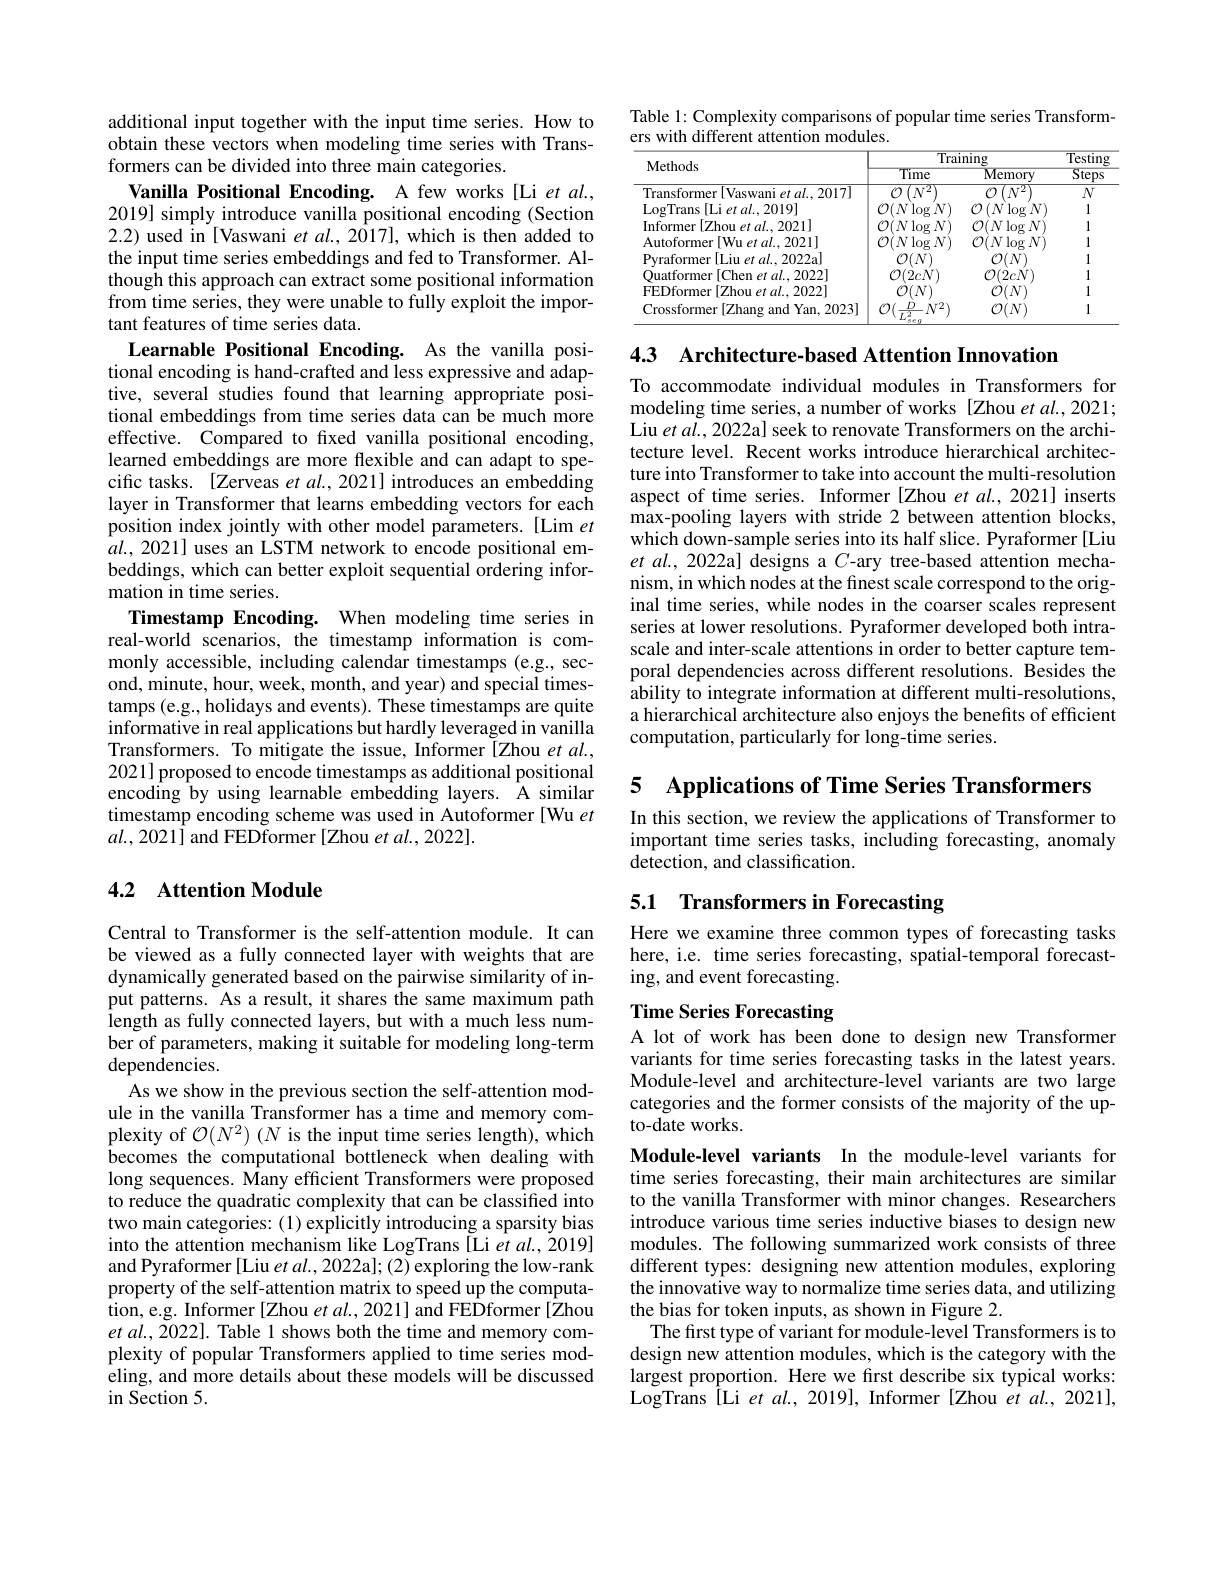
additional input together with the input time series. How to obtain these vectors when modeling time series with Transformers can be divided into three main categories.
Vanilla Positional Encoding. A few works [Li et al., 2019] simply introduce vanilla positional encoding (Section 2.2) used in [Vaswani et al., 2017], which is then added to the input time series embeddings and fed to Transformer. Although this approach can extract some positional information from time series, they were unable to fully exploit the important features of time series data.

Learnable Positional Encoding. As the vanilla positional encoding is hand-crafted and less expressive and adaptive, several studies found that learning appropriate positional embeddings from time series data can be much more effective. Compared to fixed vanilla positional encoding, learned embeddings are more flexible and can adapt to specific tasks. [Zerveas et al., 2021] introduces an embedding layer in Transformer that learns embedding vectors for each position index jointly with other model parameters. [Lim $et$ $al.,2021]$ uses an LSTM network to encode positional embeddings, which can better exploit sequential ordering information in time series.
Timestamp Encoding. When modeling time series in real-world scenarios, the timestamp information is commonly accessible, including calendar timestamps (e.g., second, minute, hour, week, month, and year) and special timestamps (e.g., holidays and events). These timestamps are quite informative in real applications but hardly leveraged in vanilla Transformers. To mitigate the issue, Informer [Zhou et al., 2021] proposed to encode timestamps as additional positional encoding by using learnable embedding layers. A similar timestamp encoding scheme was used in Autoformer [Wu et $al.,2021]$ and FEDformer [Zhou et al., 2022].

## 4.2 Attention Module

Central to Transformer is the self-attention module. It can be viewed as a fully connected layer with weights that are dynamically generated based on the pairwise similarity of input patterns. As a result, it shares the same maximum path length as fully connected layers, but with a much less number of parameters, making it suitable for modeling long-term dependencies.
As we show in the previous section the self-attention module in the vanilla Transformer has a time and memory complexity of $\mathcal{O}(N^2)$ (N is the input time series length), which becomes the computational bottleneck when dealing with long sequences. Many efficient Transformers were proposed to reduce the quadratic complexity that can be classified into two main categories: (1) explicitly introducing a sparsity bias into the attention mechanism like LogTrans [Li et al.,2019] and Pyraformer [Liu et al., 2022a]; (2) exploring the low-rank property of the self-attention matrix to speed up the computation, e.g. Informer [Zhou $etal.,2021]$ and FEDformer[Zhou $etal.,2022].$ Table 1 shows both the time and memory complexity of popular Transformers applied to time series modeling, and more details about these models will be discussed in Section 5.

Table 1: Complexity comparisons of popular time series Transform-
ers with different attention modules.

<table>
	<tbody>
		<tr>
			<th rowspan="2">Methods</th>
			<th colspan="2">Training</th>
			<th rowspan="2">$\overline{\text{Testing}}$ Steps</th>
		</tr>
		<tr>
			<th>Time</th>
			<th>Memory</th>
		</tr>
		<tr>
			<td>Transformer[Vaswani et $al.2017]$</td>
			<td>$(N^{2}$</td>
			<td>$(N^{2})$ 77</td>
			<td>$N$</td>
		</tr>
		<tr>
			<td>LogTrans [ Li et al. , 2019] </td>
			<td> $N\log$ $rN$</td>
			<td>$(N\log$ $N$</td>
			<td>1</td>
		</tr>
		<tr>
			<td>[Zhou et $al.,2021]$ Informer</td>
			<td>$\mathcal{O}(N\log$ $N$</td>
			<td>$\mathcal{O}(N\log$ $N)$</td>
			<td>1</td>
		</tr>
		<tr>
			<td>Autoformer * [Wu et $al..2021]$</td>
			<td>$2f$ $N\log$ $N$ </td>
			<td>$\mathcal{O}(N\log$ $\mathbf{N}$</td>
			<td>1</td>
		</tr>
		<tr>
			<td>Pvraformer $\operatorname{er}[$Liu et al., 2022a]</td>
			<td> </td>
			<td>7</td>
			<td>1</td>
		</tr>
		<tr>
			<td>Ouatformer [Chen et $al.,2022]$</td>
			<td>$\mathcal{O}(2cN)$</td>
			<td>$\mathcal{O}(2cN)$</td>
			<td>1</td>
		</tr>
		<tr>
			<td>FEDformer [Zhou et al..2022]</td>
			<td>,</td>
			<td> </td>
			<td>1</td>
		</tr>
		<tr>
			<td>Crossformer [ Zhang and Yan, 2023] </td>
			<td>$-N^{2}$</td>
			<td>$\mathcal{O}(N)$</td>
			<td>1</td>
		</tr>
	</tbody>
</table>

4.3 Architecture-based Attention Innovation

To accommodate individual modules in Transformers for modeling time series, a number of works [Zhou et al.,2021; Liu et al., 2022a] seek to renovate Transformers on the architecture level. Recent works introduce hierarchical architecture into Transformer to take into account the multi-resolution aspect of time series. Informer [Zhou et al., 2021] inserts max-pooling layers with stride 2 between attention blocks, which down-sample series into its half slice. Pyraformer [Liu et al., 2022a] designs a $C$-ary tree-based attention mechanism, in which nodes at the finest scale correspond to the original time series, while nodes in the coarser scales represent series at lower resolutions. Pyraformer developed both intrascale and inter-scale attentions in order to better capture temporal dependencies across different resolutions. Besides the ability to integrate information at different multi-resolutions, a hierarchical architecture also enjoys the benefits of efficient computation, particularly for long-time series.

5

Applications of Time Series Transformers

In this section, we review the applications of Transformer to important time series tasks, including forecasting, anomaly detection, and classification.

# 5.1 Transformers in Forecasting

Here we examine three common types of forecasting tasks here, i.e. time series forecasting, spatial-temporal forecasting, and event forecasting.

# Time Series Forecasting

A lot of work has been done to design new Transformer variants for time series forecasting tasks in the latest years. Module-level and architecture-level variants are two large categories and the former consists of the majority of the upto-date works.

Module-level variants In the module-level variants for time series forecasting, their main architectures are similar to the vanilla Transformer with minor changes. Researchers introduce various time series inductive biases to design new modules. The following summarized work consists of three different types: designing new attention modules, exploring the innovative way to normalize time series data, and utilizing the bias for token inputs, as shown in Figure 2.
The first type of variant for module-level Transformers is to design new attention modules, which is the category with the largest proportion. Here we fırst describe six typical works: LogTrans [Li et al., 2019], Informer [Zhou et al., 2021],